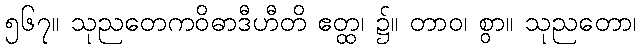
၅၆၇။ သုညတေကဝိဓာဒီဟီတိ ဧတ္ထ၊ ၌။ တာဝ၊ စွာ။ သုညတော၊